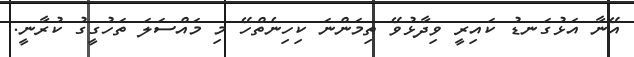
އޭނާ އަޅުގަނޑު ކައިރީ ވިދާޅުވޭ ތިމަންނަ ކިހިނެތްހޭ މި މައްސަލަ ތަހުގީގު ކުރާނީ.